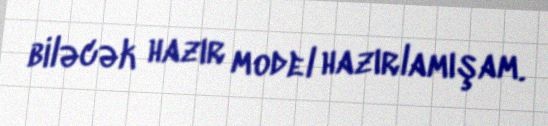
biləcək hazır model hazırlamışam.